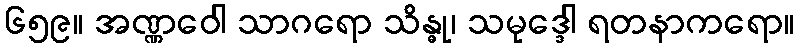
၆၅၉။ အဏ္ဏဝေါ သာဂရော သိန္ဓု၊ သမုဒ္ဒေါ ရတနာကရော။